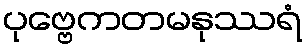
ပုဗ္ဗေကတမနုဿရံ